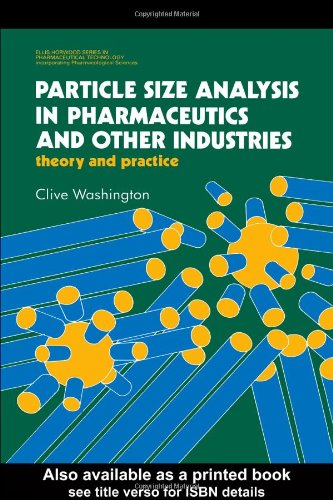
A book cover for Particle Size Analysis In Pharmaceutics And Other Industries: Theory And Practice (Prentice Hall International Series in Computer Science); Clive Washington; Medical Books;